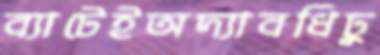
ব্যাটেইঅদ্যাবধিঢু